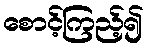
စောင့်ကြည့်၍